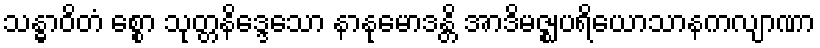
သန္ဓာဝိတံ စ္စော သုတ္တနိဒ္ဒေသော နာနုမောဒန္တိ အာဒိမဇ္ဈပရိယောသာနကလျာဏာ